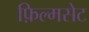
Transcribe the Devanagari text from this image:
फ़िल्मसेट